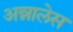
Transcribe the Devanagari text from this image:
अन्नालेस